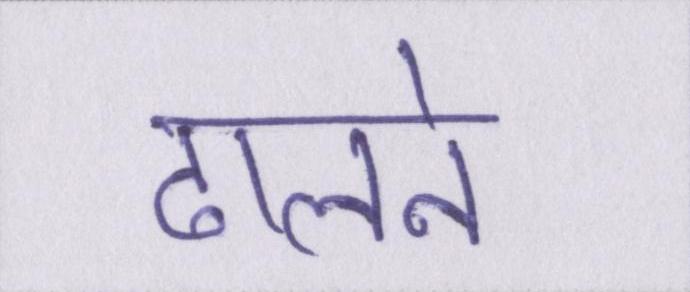
ढालने